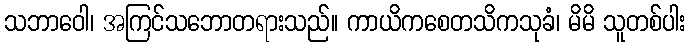
သဘာဝေါ၊ အကြင်သဘောတရားသည်။ ကာယိကစေတသိကသုခံ၊ မိမိ သူတစ်ပါး